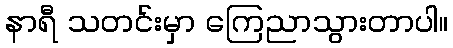
နာရီ သတင်းမှာ ကြေညာသွားတာပါ။